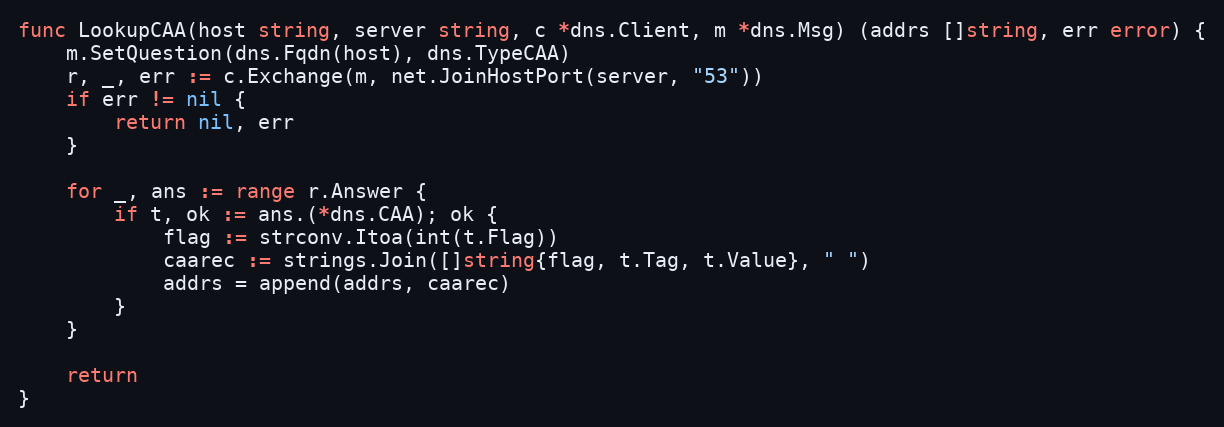
Language: Go
func LookupCAA(host string, server string, c *dns.Client, m *dns.Msg) (addrs []string, err error) {
	m.SetQuestion(dns.Fqdn(host), dns.TypeCAA)
	r, _, err := c.Exchange(m, net.JoinHostPort(server, "53"))
	if err != nil {
		return nil, err
	}

	for _, ans := range r.Answer {
		if t, ok := ans.(*dns.CAA); ok {
			flag := strconv.Itoa(int(t.Flag))
			caarec := strings.Join([]string{flag, t.Tag, t.Value}, " ")
			addrs = append(addrs, caarec)
		}
	}

	return
}